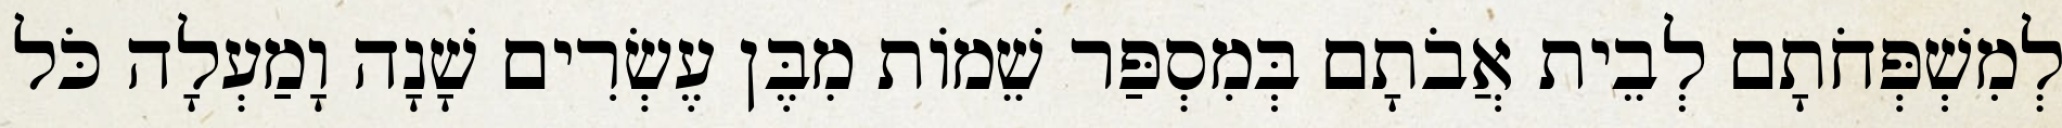
לְמִשְׁפְּחֹתָם לְבֵית אֲבֹתָם בְּמִסְפַּר שֵׁמוֹת מִבֶּן עֶשְׂרִים שָׁנָה וָמַעְלָה כֹּל